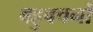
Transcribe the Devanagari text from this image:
बहुवचनों